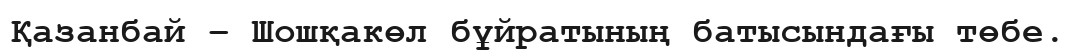
Қазанбай – Шошқакөл бұйратының батысындағы төбе.